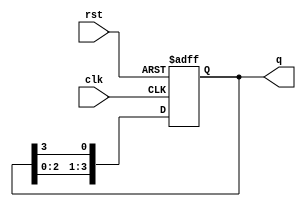
module ring_counter (
    input wire clk,          // Clock signal
    input wire rst,          // Asynchronous reset signal
    output reg [3:0] q       // 4-bit output representing the state of the counter
);

    // Initialize the ring counter state
    always @(posedge clk or posedge rst) begin
        if (rst) begin
            q <= 4'b0001;     // Set to initial state 0001 on reset
        end else begin
            // Circular shift the '1' to the next position
            q <= {q[2:0], q[3]}; // Shift left and wrap the last bit to the first
        end
    end

endmodule